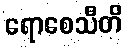
ရောစေသီတိ